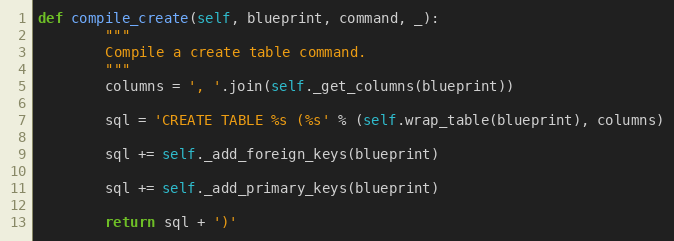
Language: Python
def compile_create(self, blueprint, command, _):
        """
        Compile a create table command.
        """
        columns = ', '.join(self._get_columns(blueprint))

        sql = 'CREATE TABLE %s (%s' % (self.wrap_table(blueprint), columns)

        sql += self._add_foreign_keys(blueprint)

        sql += self._add_primary_keys(blueprint)

        return sql + ')'